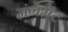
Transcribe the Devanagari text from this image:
मंगेमेंट